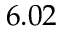
6 . 0 2